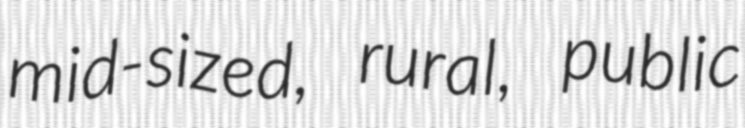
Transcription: mid-sized, rural, public